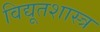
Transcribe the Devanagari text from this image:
विद्यूतशास्त्र